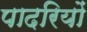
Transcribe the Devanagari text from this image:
पादरियों